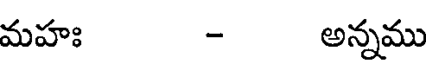
మహః - అన్నము